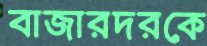
বাজারদরকে